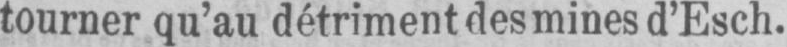
tourner qu’au détriment des mines d’Esch.